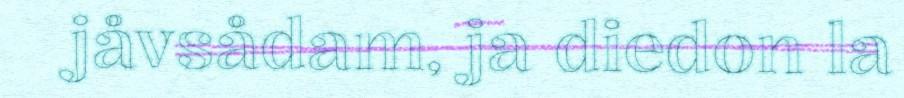
jåvsådam, ja diedon la